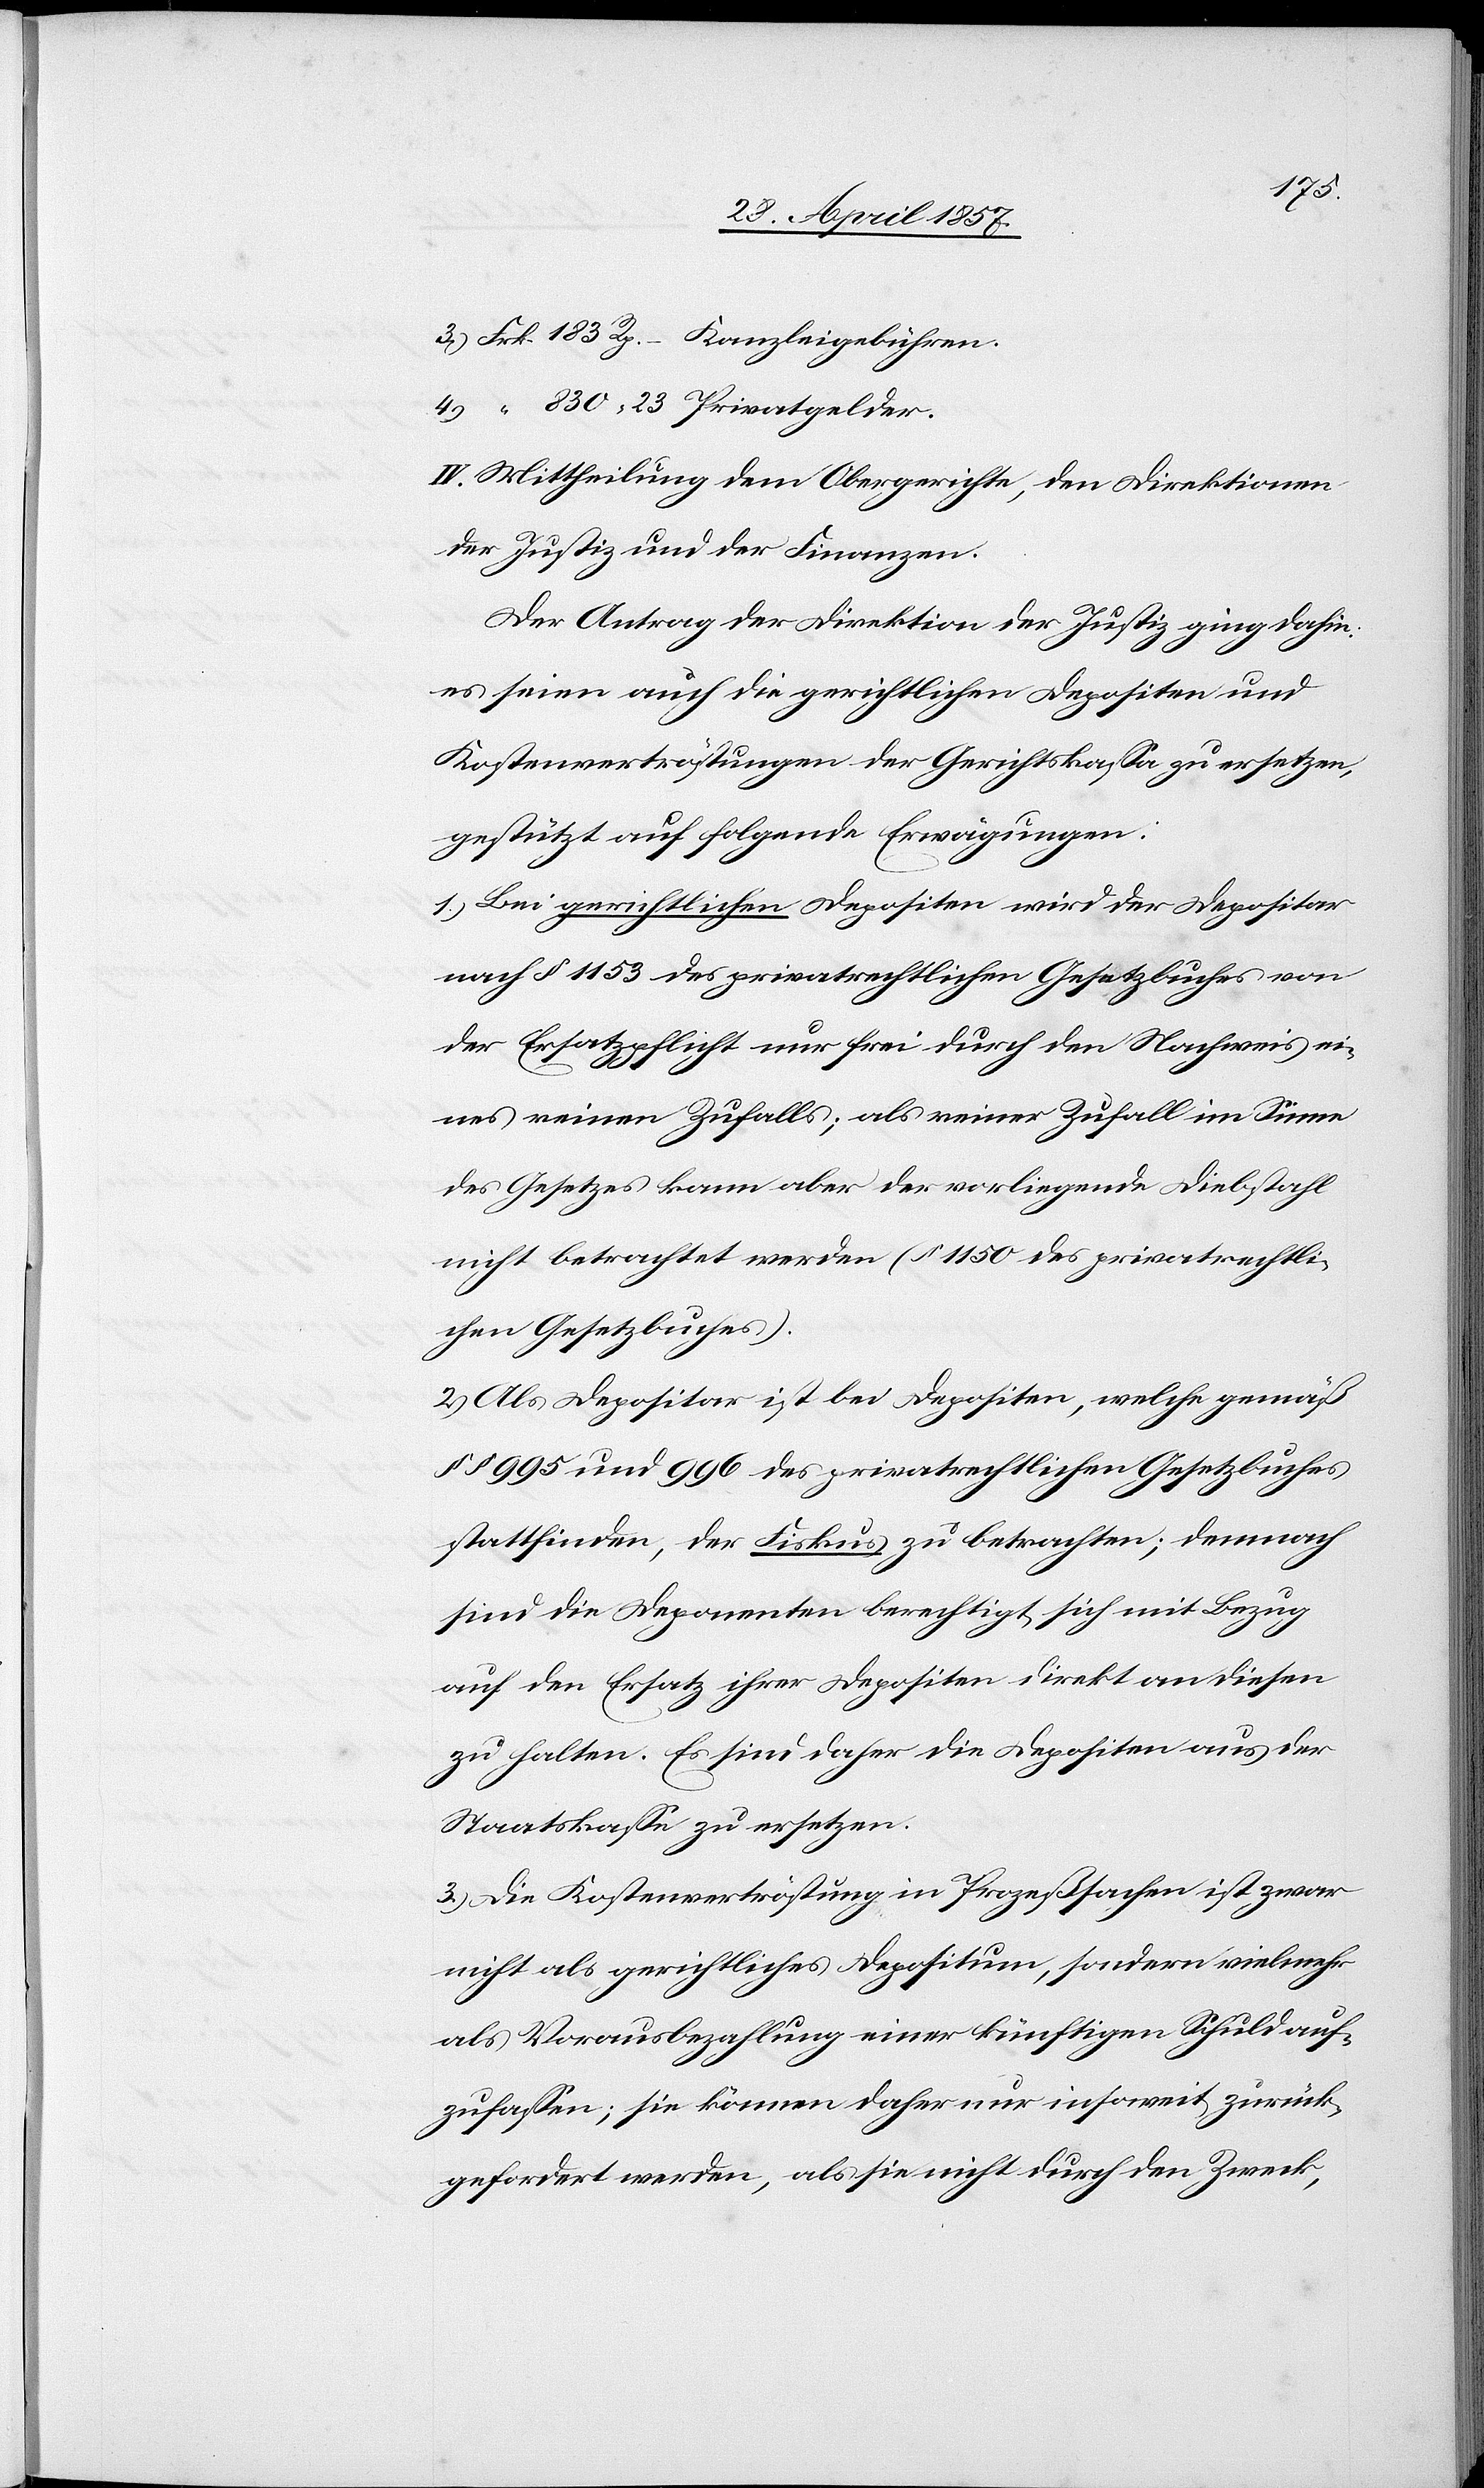
3.) “ 183 Rp. – Kanzleigebühren.
4.) “ 830 “ 23 Privatgelder.
IV. Mittheilung dem Obergerichte, den Direktionen
Der Antrag der Direktion der Justiz ging dahin:
es seien auch die gerichtlichen Depositen und
Kostenvertröstungen der Gerichtskaßa zu ersetzen,
gestützt auf folgende Erwägungen:
1.) Bei gerichtlichen Depositen wird der Depositor
nach § 1153 des privatrechtlichen Gesetzbuches von
der Ersatzpflicht nur frei durch den Nachweis ei¬
nes reinen Zufalls, als reiner Zufall im Sinne
des Gesetzes kann aber der vorliegende Diebstahl
nicht betrachtet werden (§ 1150 des privatrechtli¬
chen Gesetzbuches).
2.) Als Depositor ist bei Depositen, welche gemäß
§§ 995 und 996 des privatrechtlichen Gesetzbuches
stattfinden, der Fiskus zu betrachten; demnach
sind die Deponenten berechtigt sich mit Bezug
auf den Ersatz ihrer Depositen direkt an diesen
zu halten. Es sind daher die Depositen aus der
Staatskaße zu ersetzen.
3.) Die Kostenvertröstung in Prozeßsachen ist zwar
nicht als gerichtliches Depositum, sondern vielmehr
als Vorausbezahlung einer künftigen Schuld auf¬
zufaßen; sie können daher nur insoweit zurück¬
gefordert werden, als sie nicht durch den Zweck,